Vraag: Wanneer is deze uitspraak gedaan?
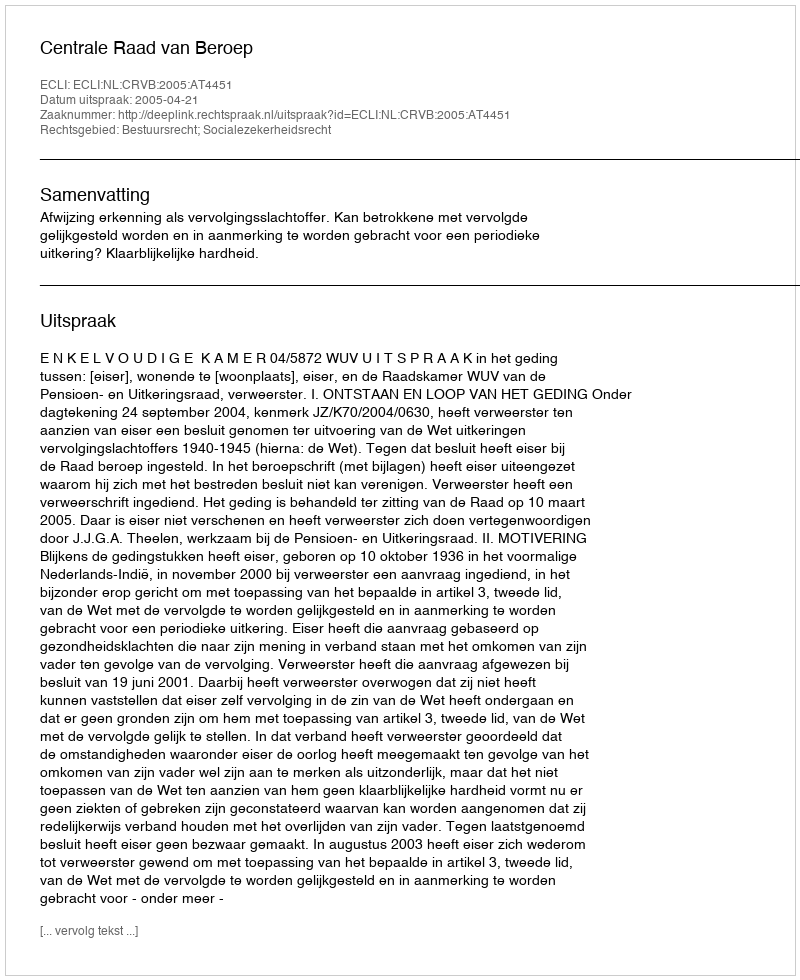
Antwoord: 2005-04-21